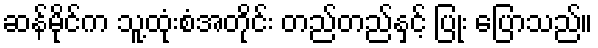
ဆန်မိုင်က သူ့ထုံးစံအတိုင်း တည်တည်နှင့် ပြုံး ပြောသည်။